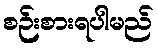
စဉ်းစားရပါမည်